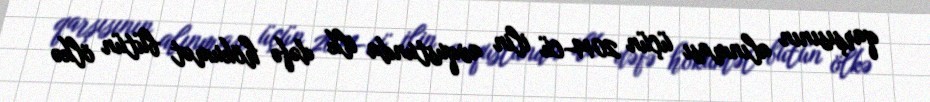
qarşısının alınması üçün 2014-cü ilin avqustunda ilk dəfə hökumət bütün ölkə